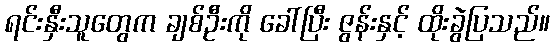
ရင်းနှီးသူတွေက ချစ်ဦးကို ခေါ်ပြီး ဇွန်းနှင့် ထိုးခွဲပြသည်။